Lunatic asylums United Provinces 1909-1921 - 1909-1921
Year: 1909
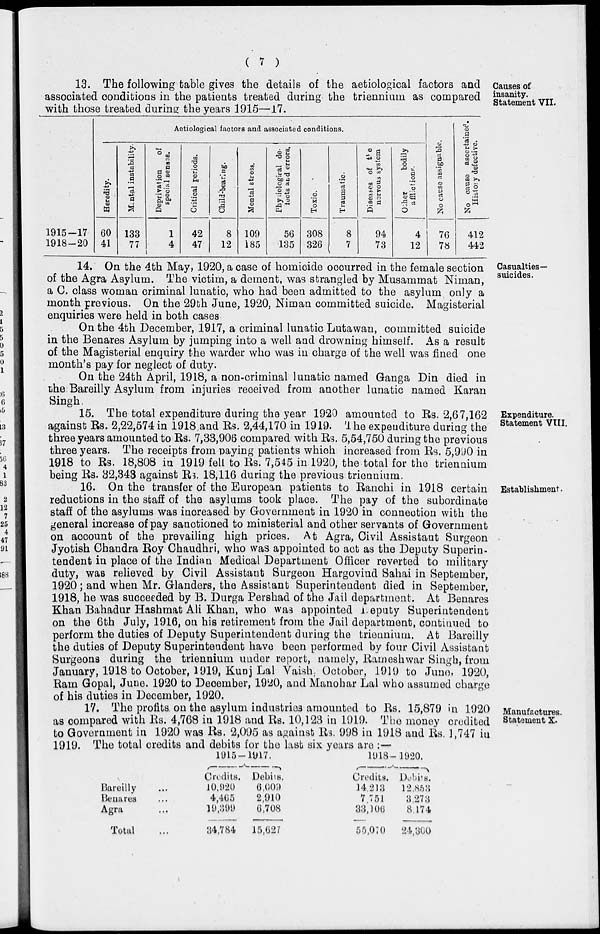
( 7 )
Causes of
insanity.
Statement VII.
13. The following table gives the details of the aetiological factors and
associated conditions in the patients treated during the triennium as compared
with those treated during the years 1915—17.
1915—17
1918—20
Aetiological factors and associated conditions.
Heredity.
60
41
Mental instability.
133
77
Deprivation
of
special senses.
1
4
Critical periods.
42
47
Child-bearing.
8
12
Mental stress.
109
185
Physiological de-
tects and errors.
56
135
Toxic.
308
326
Traumatic.
8
7
Diseases of the
nervous system
94
73
Other
bodily
afflictions.
4
12
No cause assignable.
76
78
No cause ascertained.
History defective.
412
442
Casualties—
suicides.
14. On the 4th May, 1920, a case of homicide occurred in the female section
of the Agra Asylum. The victim, a dement, was strangled by Musammat Niman,
a C. class woman criminal lunatic, who had been admitted to the asylum only a
month previous. On the 29th June, 1920, Niman committed suicide. Magisterial
enquiries were held in both cases
On the 4th December, 1917, a criminal lunatic Lutawan, committed suicide
in the Benares Asylum by jumping into a well and drowning himself. As a result
of the Magisterial enquiry the warder who was in charge of the well was fined one
month's pay for neglect of duty.
On the 24th April, 1918, a non-criminal lunatic named Ganga Din died in
the Bareilly Asylum from injuries received from another lunatic named Karan
Singh
Expenditure.
Statement VIII.
15. The total expenditure during the year 1920 amounted to Rs. 2,67,162
against Rs. 2,22,574 in 1918 and Rs. 2,44,170 in 1919. The expenditure during the
three years amounted to Rs. 7,33,906 compared with Rs. 5,54,750 during the previous
three years. The receipts from paying patients which increased from Rs. 5,990 in
1918 to Rs. 18,808 in 1919 fell to Rs. 7,545 in 1920, the total for the triennium
being Rs. 32,343 against Rs. 18,116 during the previous triennium.
Establishment.
16. On the transfer of the European patients to Ranchi in 1918 certain
reductions in the staff of the asylums took place. The pay of the subordinate
staff of the asylums was increased by Government in 1920 in connection with the
general increase of pay sanctioned to ministerial and other servants of Government
on account of the prevailing high prices. At Agra, Civil Assistant Surgeon
Jyotish Chandra Roy Chaudhri, who was appointed to act as the Deputy Superin-
tendent in place of the Indian Medical Department Officer reverted to military
duty, was relieved by Civil Assistant Surgeon Hargovind Sahai in September,
1920 ; and when Mr. Glanders, the Assistant Superintendent died in September,
1918, he was succeeded by B. Durga Pershad of the Jail department. At Benares
Khan Bahadur Hashmat Ali Khan, who was appointed Deputy Superintendent
on the 6th July, 1916, on his retirement from the Jail department, continued to
perform the duties of Deputy Superintendent during the triennium. At Bareilly
the duties of Deputy Superintendent have been performed by four Civil Assistant
Surgeons during the triennium under report, namely, Rameshwar Singh, from
January, 1918 to October, 1919, Kunj Lal Vaish October, 1919 to June, 1920,
Ram Gopal, June. 1920 to December, 1920, and Manohar Lal who assumed charge
of his duties in December, 1920.
Manufactures.
Statement X.
17. The profits on the asylum industries amounted to Rs. 15,879 in 1920
as compared with Rs. 4,768 in 1918 and Rs. 10,123 in 1919. The money credited
to Government in 1920 was Rs. 2,095 as against Rs. 998 in 1918 and Rs. 1,747 in
1919. The total credits and debits for the last six years are :—
Bareilly ...
Benares ...
Agra ...
Total ...
1915—1917.
Credits.
10,920
4,465
19,399
34,784
Debits.
6,009
2,910
6,708
15,627
1918—1920.
Credits.
14,213
7,751
33,106
55,070
Debits.
12,853
3,273
8,174
24,300